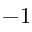
- 1